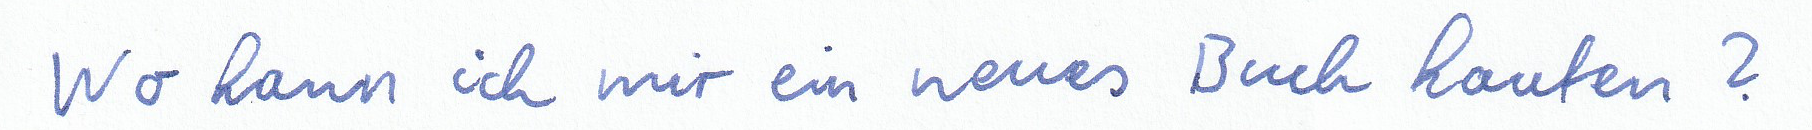
Wo kann ich mir ein neues Buch kaufen?